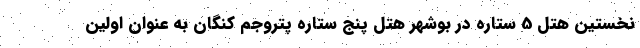
نخستین هتل 5 ستاره در بوشهر هتل پنج ستاره پتروجم کنگان به عنوان اولین